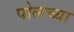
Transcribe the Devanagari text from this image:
पोलच्या